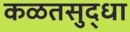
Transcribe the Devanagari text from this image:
कळतसुद्धा